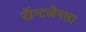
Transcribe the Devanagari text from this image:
रॉन्टजेनला